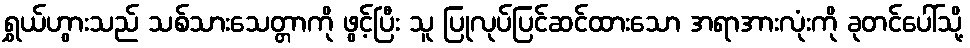
ရွှယ်ဟွားသည် သစ်သားသေတ္တာကို ဖွင့်ပြီး သူ ပြုလုပ်ပြင်ဆင်ထားသော အရာအားလုံးကို ခုတင်ပေါ်သို့